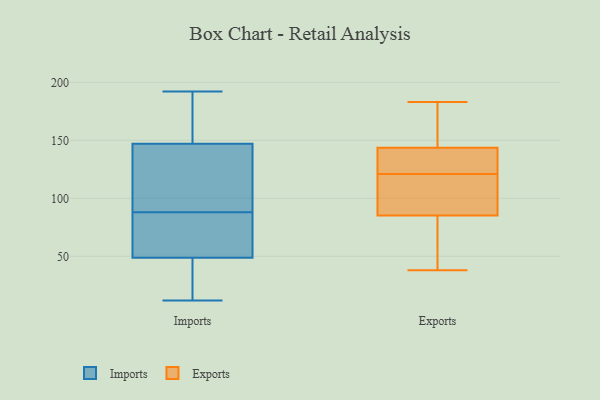
{"axis": {"x": "Bounce Rate (%)", "y": "Value"}, "legend": ["Exports", "Imports"], "data": [{"x": "", "y": 17, "type": "Imports"}, {"x": "", "y": 162, "type": "Imports"}, {"x": "", "y": 126, "type": "Imports"}, {"x": "", "y": 96, "type": "Imports"}, {"x": "", "y": 69, "type": "Imports"}, {"x": "", "y": 20, "type": "Imports"}, {"x": "", "y": 40, "type": "Imports"}, {"x": "", "y": 86, "type": "Imports"}, {"x": "", "y": 65, "type": "Imports"}, {"x": "", "y": 12, "type": "Imports"}, {"x": "", "y": 144, "type": "Imports"}, {"x": "", "y": 118, "type": "Imports"}, {"x": "", "y": 163, "type": "Imports"}, {"x": "", "y": 51, "type": "Imports"}, {"x": "", "y": 148, "type": "Imports"}, {"x": "", "y": 88, "type": "Imports"}, {"x": "", "y": 160, "type": "Imports"}, {"x": "", "y": 192, "type": "Imports"}, {"x": "", "y": 48, "type": "Imports"}, {"x": "", "y": 95, "type": "Exports"}, {"x": "", "y": 183, "type": "Exports"}, {"x": "", "y": 38, "type": "Exports"}, {"x": "", "y": 183, "type": "Exports"}, {"x": "", "y": 56, "type": "Exports"}, {"x": "", "y": 121, "type": "Exports"}, {"x": "", "y": 137, "type": "Exports"}, {"x": "", "y": 97, "type": "Exports"}, {"x": "", "y": 141, "type": "Exports"}, {"x": "", "y": 116, "type": "Exports"}, {"x": "", "y": 53, "type": "Exports"}, {"x": "", "y": 122, "type": "Exports"}, {"x": "", "y": 151, "type": "Exports"}]}